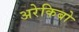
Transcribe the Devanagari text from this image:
अरेकिबो